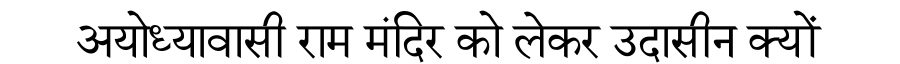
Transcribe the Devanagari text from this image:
अयोध्यावासी राम मंदिर को लेकर उदासीन क्यों